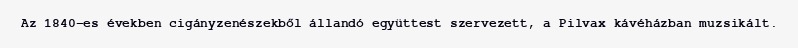
Az 1840-es években cigányzenészekből állandó együttest szervezett, a Pilvax kávéházban muzsikált.